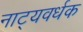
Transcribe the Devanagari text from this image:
नाट्यवर्धक